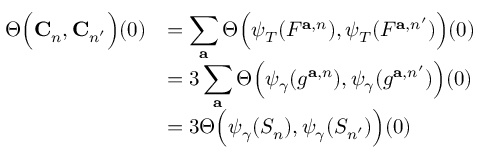
\begin{array} { r l } { \Theta \Big ( \mathbf { C } _ { n } , \mathbf { C } _ { n ^ { \prime } } \Big ) ( 0 ) } & { = \displaystyle \sum _ { \mathbf { a } } \Theta \Big ( \psi _ { T } ( F ^ { \mathbf { a } , { n } } ) , \psi _ { T } ( F ^ { \mathbf { a } , { n ^ { \prime } } } ) \Big ) ( 0 ) } \\ & { = 3 \displaystyle \sum _ { \mathbf { a } } \Theta \Big ( \psi _ { \gamma } ( g ^ { \mathbf { a } , { n } } ) , \psi _ { \gamma } ( g ^ { \mathbf { a } , { n ^ { \prime } } } ) \Big ) ( 0 ) } \\ & { = 3 \Theta \Big ( \psi _ { \gamma } ( S _ { n } ) , \psi _ { \gamma } ( S _ { n ^ { \prime } } ) \Big ) ( 0 ) } \end{array}